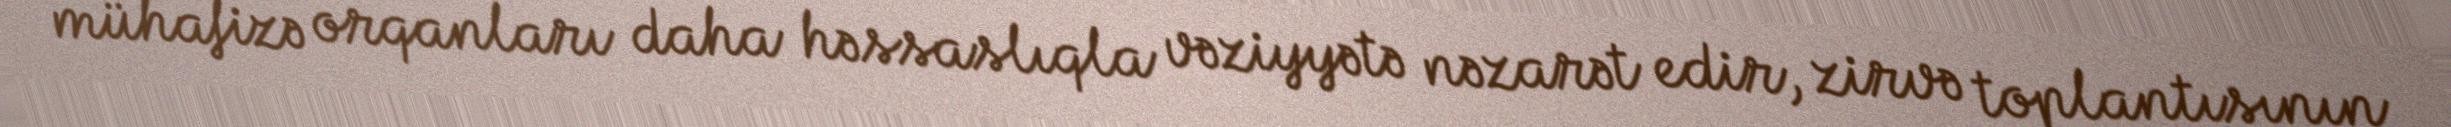
mühafizə orqanları daha həssaslıqla vəziyyətə nəzarət edir, zirvə toplantısının